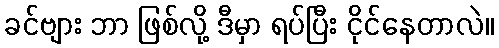
ခင်ဗျား ဘာ ဖြစ်လို့ ဒီမှာ ရပ်ပြီး ငိုင်နေတာလဲ။